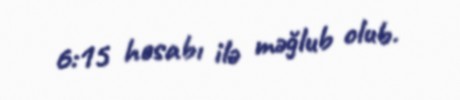
6:15 hesabı ilə məğlub olub.